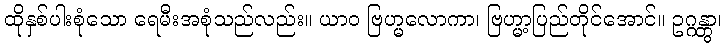
ထိုနှစ်ပါးစုံသော ရေမီးအစုံသည်လည်း။ ယာဝ ဗြဟ္မလောကာ၊ ဗြဟ္မာ့ပြည်တိုင်အောင်။ ဥဂ္ဂန္တွာ၊